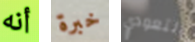
أنه خبرة لتعودي